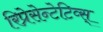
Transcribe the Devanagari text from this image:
रिप्रेसेन्टेटिव्स्